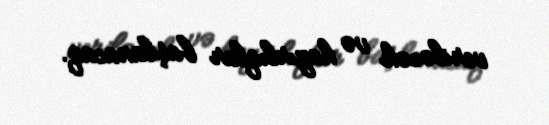
veriləcək və hazırlıqlar başlanacaq.